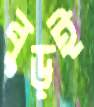
বুড়ই